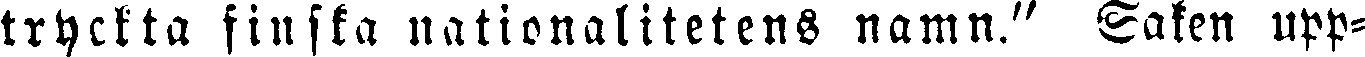
tryckta finska nationalitetens namn." Saken upp-